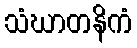
သံဃာတနိကံ